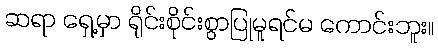
ဆရာ ရှေ့မှာ ရိုင်းစိုင်းစွာပြုမူရင်မ ကောင်းဘူး။